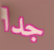
جدا